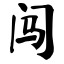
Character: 闯